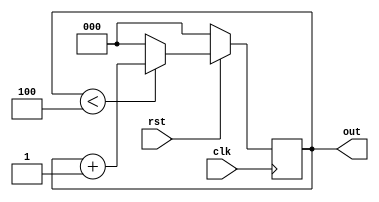
`timescale 1ns / 1ps
//////////////////////////////////////////////////////////////////////////////////
// Company: 
// Engineer: 
// 
// Design Name: 
// Module Name:    mod8 
// Project Name: 
// Target Devices: 
// Tool versions: 
// Description: 
//
// Dependencies: 
//
// Revision: 
// Revision 0.01 - File Created
// Additional Comments: 
//
//////////////////////////////////////////////////////////////////////////////////
module mod8(clk,rst,out
    );

input clk,rst;
output [2:0]out;
reg [2:0]out;
always @(posedge clk)
begin

if(rst==0)
out <= 0;
else if(out<4)
out <= out+1;
else
out <= 0;
end
endmodule